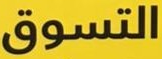
التسوق